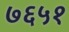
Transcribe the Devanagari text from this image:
७६५१